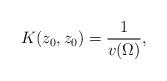
LaTeX: \begin{align*} K(z_0, z_0) = {1 \over v(\Omega)},\end{align*}